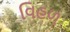
વિહળ